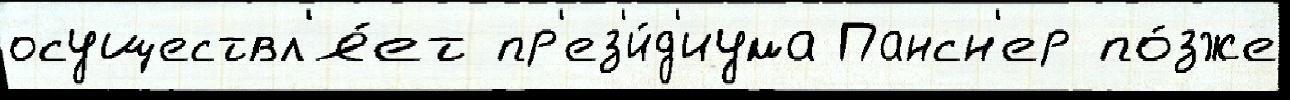
осуществл'я́ет пр'ез'и́д'иума Пансн'ер по́зже